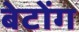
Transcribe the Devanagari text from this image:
बेटोंग